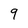
Character: 9